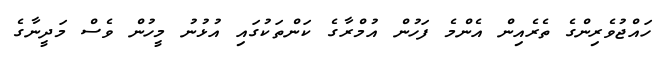
ހައްޖުވެރިންގެ ތެރެއިން އެންމެ ފަހުން އުމްރާގެ ކަންތަކުގައި އުޅުނު މީހުން ވެސް މަދީނާގެ